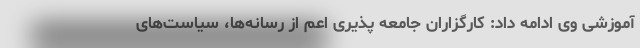
آموزشی وی ادامه داد: کارگزاران جامعه پذیری اعم از رسانه‌ها، سیاست‌های